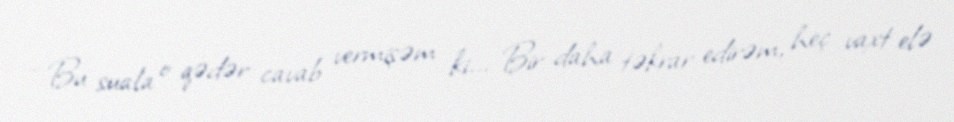
- Bu suala o qədər cavab vermişəm ki... Bir daha təkrar edirəm, heç vaxt elə